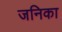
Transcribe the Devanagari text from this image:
जनिका